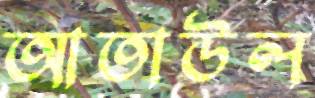
আতাউল